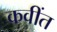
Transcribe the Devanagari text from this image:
कवींत